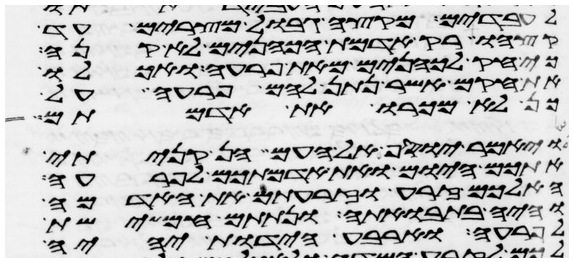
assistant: לעבדים מקצה גבול מצרים עד
קצהו רק אדמת הכהנים לא קנה
כי חק לכהנים מאת פרעה ואכלו
את חקם אשר נתן להם פרעה על
כן לא מכרו את אדמתם
ויאמר יוסף אל העם הן קניתי
אתכם היום ואת אדמתיכם לפרעה
הא לכם זרע וזרעתם את האדמה
והיה בתבואתה ונתתם חמישת
לפרעה וארבע הידות יהיה